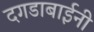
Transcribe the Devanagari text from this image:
दगडाबाईनी